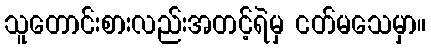
သူတောင်းစားလည်းအတင့်ရဲမှ ငတ်မသေမှာ။